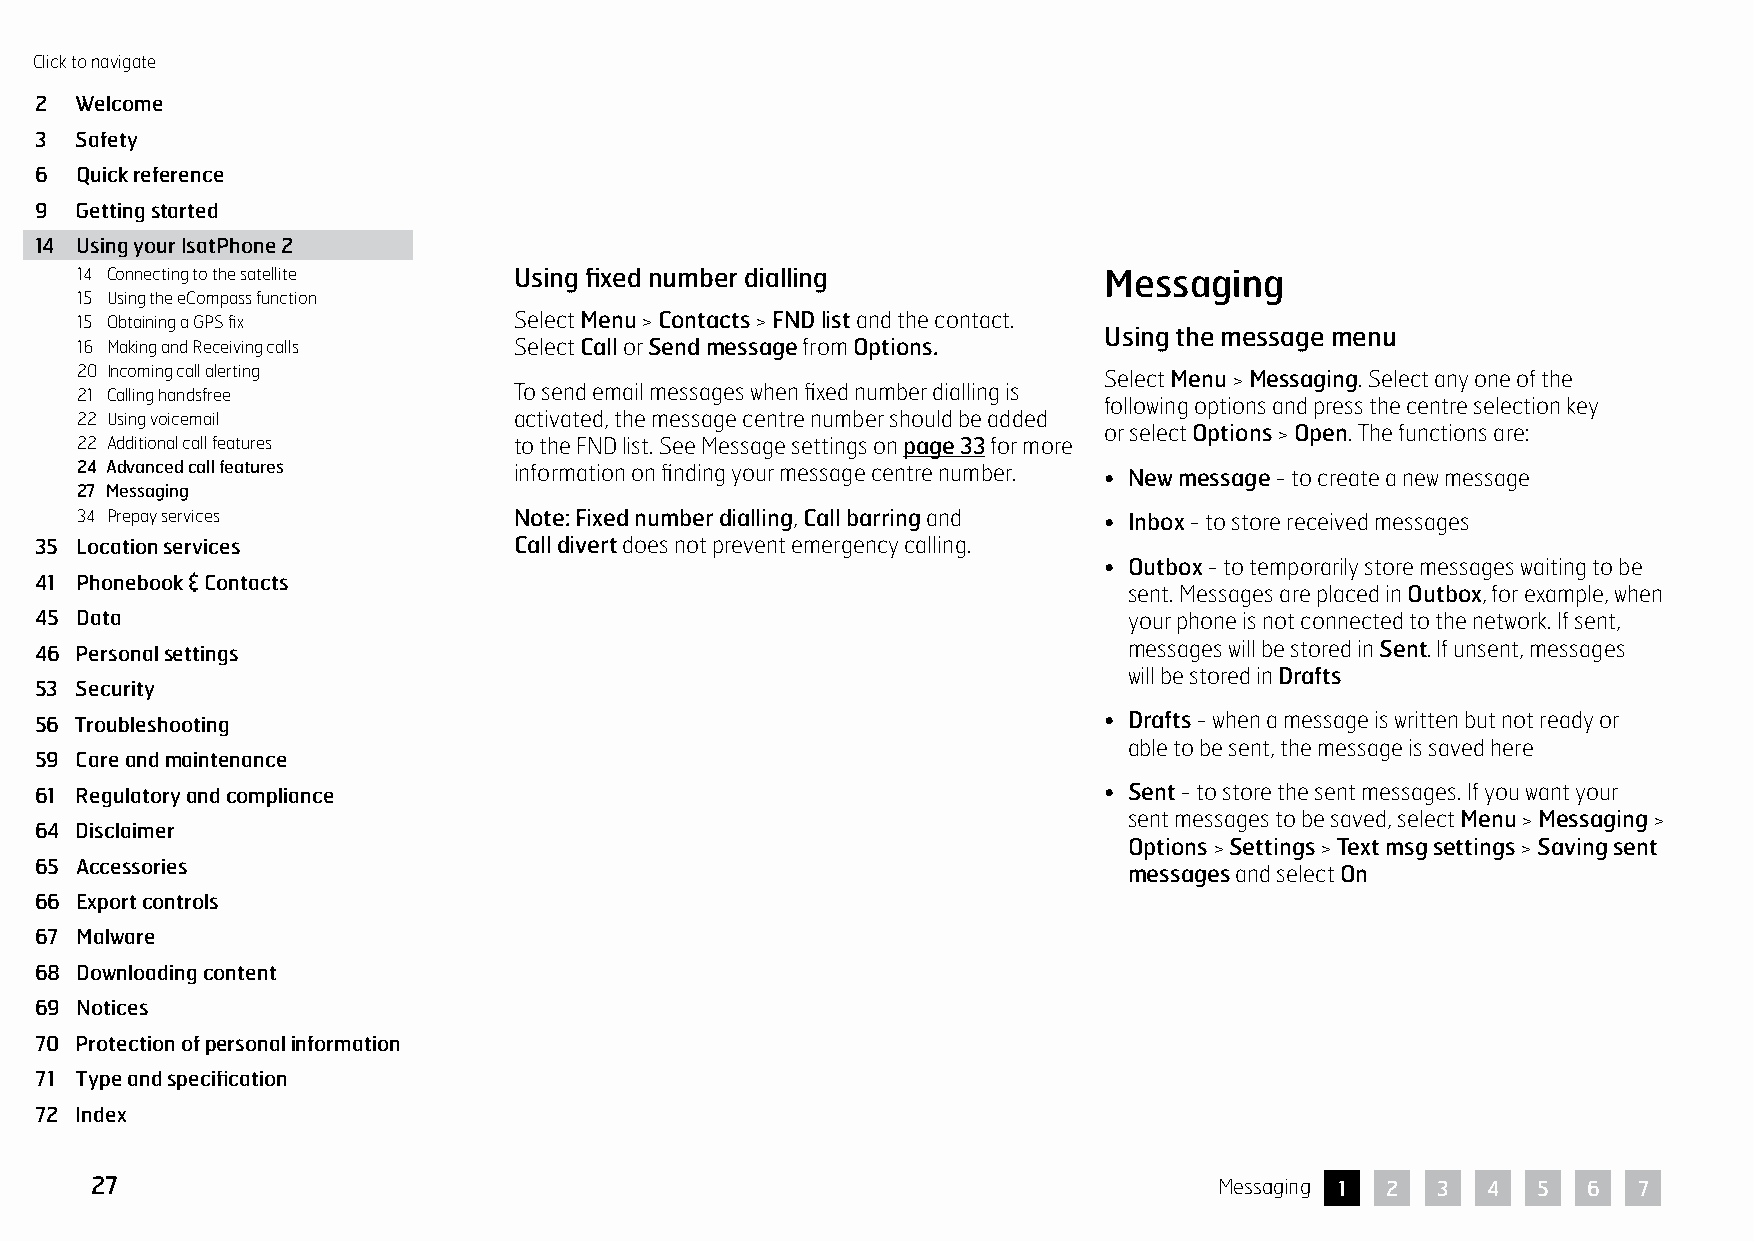
Click to navigate
 2  Welcome
 3  Safety
 6  Quick reference
 9  Getting started
 14 Using your IsatPhone 2
 14 Connecting to the satellite Using fixed number dialling          Messaging
 15 Using the eCompass function
 15 Obtaining a GPS fix       Select Menu > Contacts > FND list and the contact.
 Using the message menu
 16 Making and Receiving calls Select Call or Send message from Options.
 20 Incoming call alerting                                           Select Menu > Messaging. Select any one of the
 21 Calling handsfree         To send email messages when fixed number dialling is
 following options and press the centre selection key
 22 Using voicemail           activated, the message centre number should be added
 or select Options > Open. The functions are:
 22 Additional call features  to the FND list. See Message settings on page 33 for more
 24 Advanced call features    information on finding your message centre number. • New message - to create a new message
 27 Messaging
 34 Prepay services           Note: Fixed number dialling, Call barring and • Inbox - to store received messages
 35 Location services            Call divert does not prevent emergency calling.
 • Outbox - to temporarily store messages waiting to be
 41 Phonebook & Contacts
 sent. Messages are placed in Outbox, for example, when
 45 Data                                                                  your phone is not connected to the network. If sent,
 46 Personal settings                                                     messages will be stored in Sent. If unsent, messages
 will be stored in Drafts
 53 Security
 56 Troubleshooting                                                     • Drafts - when a message is written but not ready or
 able to be sent, the message is saved here
 59 Care and maintenance
 61 Regulatory and compliance                                           • Sent - to store the sent messages. If you want your
 sent messages to be saved, select Menu > Messaging >
 64 Disclaimer
 Options > Settings > Text msg settings > Saving sent
 65 Accessories
 messages and select On
 66 Export controls
 67 Malware
 68 Downloading content
 69 Notices
 70 Protection of personal information
 71 Type and specification
 72 Index
 27                                                                         Messaging 1 2 3  4   5  6  7